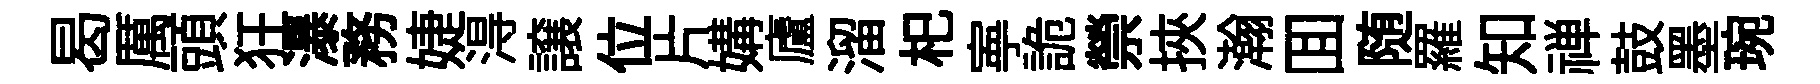
曷厲頭狂瀑務婕淂譲位片媾廬溜𣏌寕詭禜挾瀚囬随羅知禅鼓墨琬